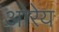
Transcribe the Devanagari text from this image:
ओरेय